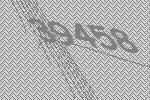
39458